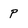
Character: p